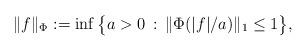
LaTeX: \begin{align*} \|f\|_{\Phi} := \inf\big\{ a>0\,:\, \|\Phi(|f|/a)\|_1 \leq 1 \big\},\end{align*}